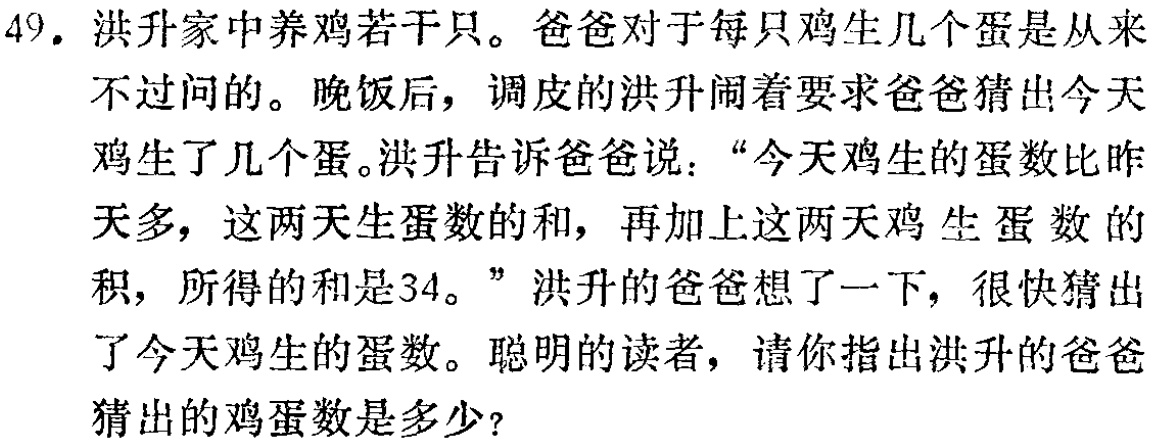
49. 洪升家中养鸡若干只。爸爸对于每只鸡生几个蛋是从来不过问的。晚饭后，调皮的洪升闹着要求爸爸猜出今天鸡生了几个蛋。洪升告诉爸爸说：“今天鸡生的蛋数比昨天多，这两天生蛋数的和，再加上这两天鸡生蛋数的积，所得的和是34。”洪升的爸爸想了一下，很快猜出了今天鸡生的蛋数。聪明的读者，请你指出洪升的爸爸猜出的鸡蛋数是多少？